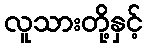
လူသားတို့နှင့်